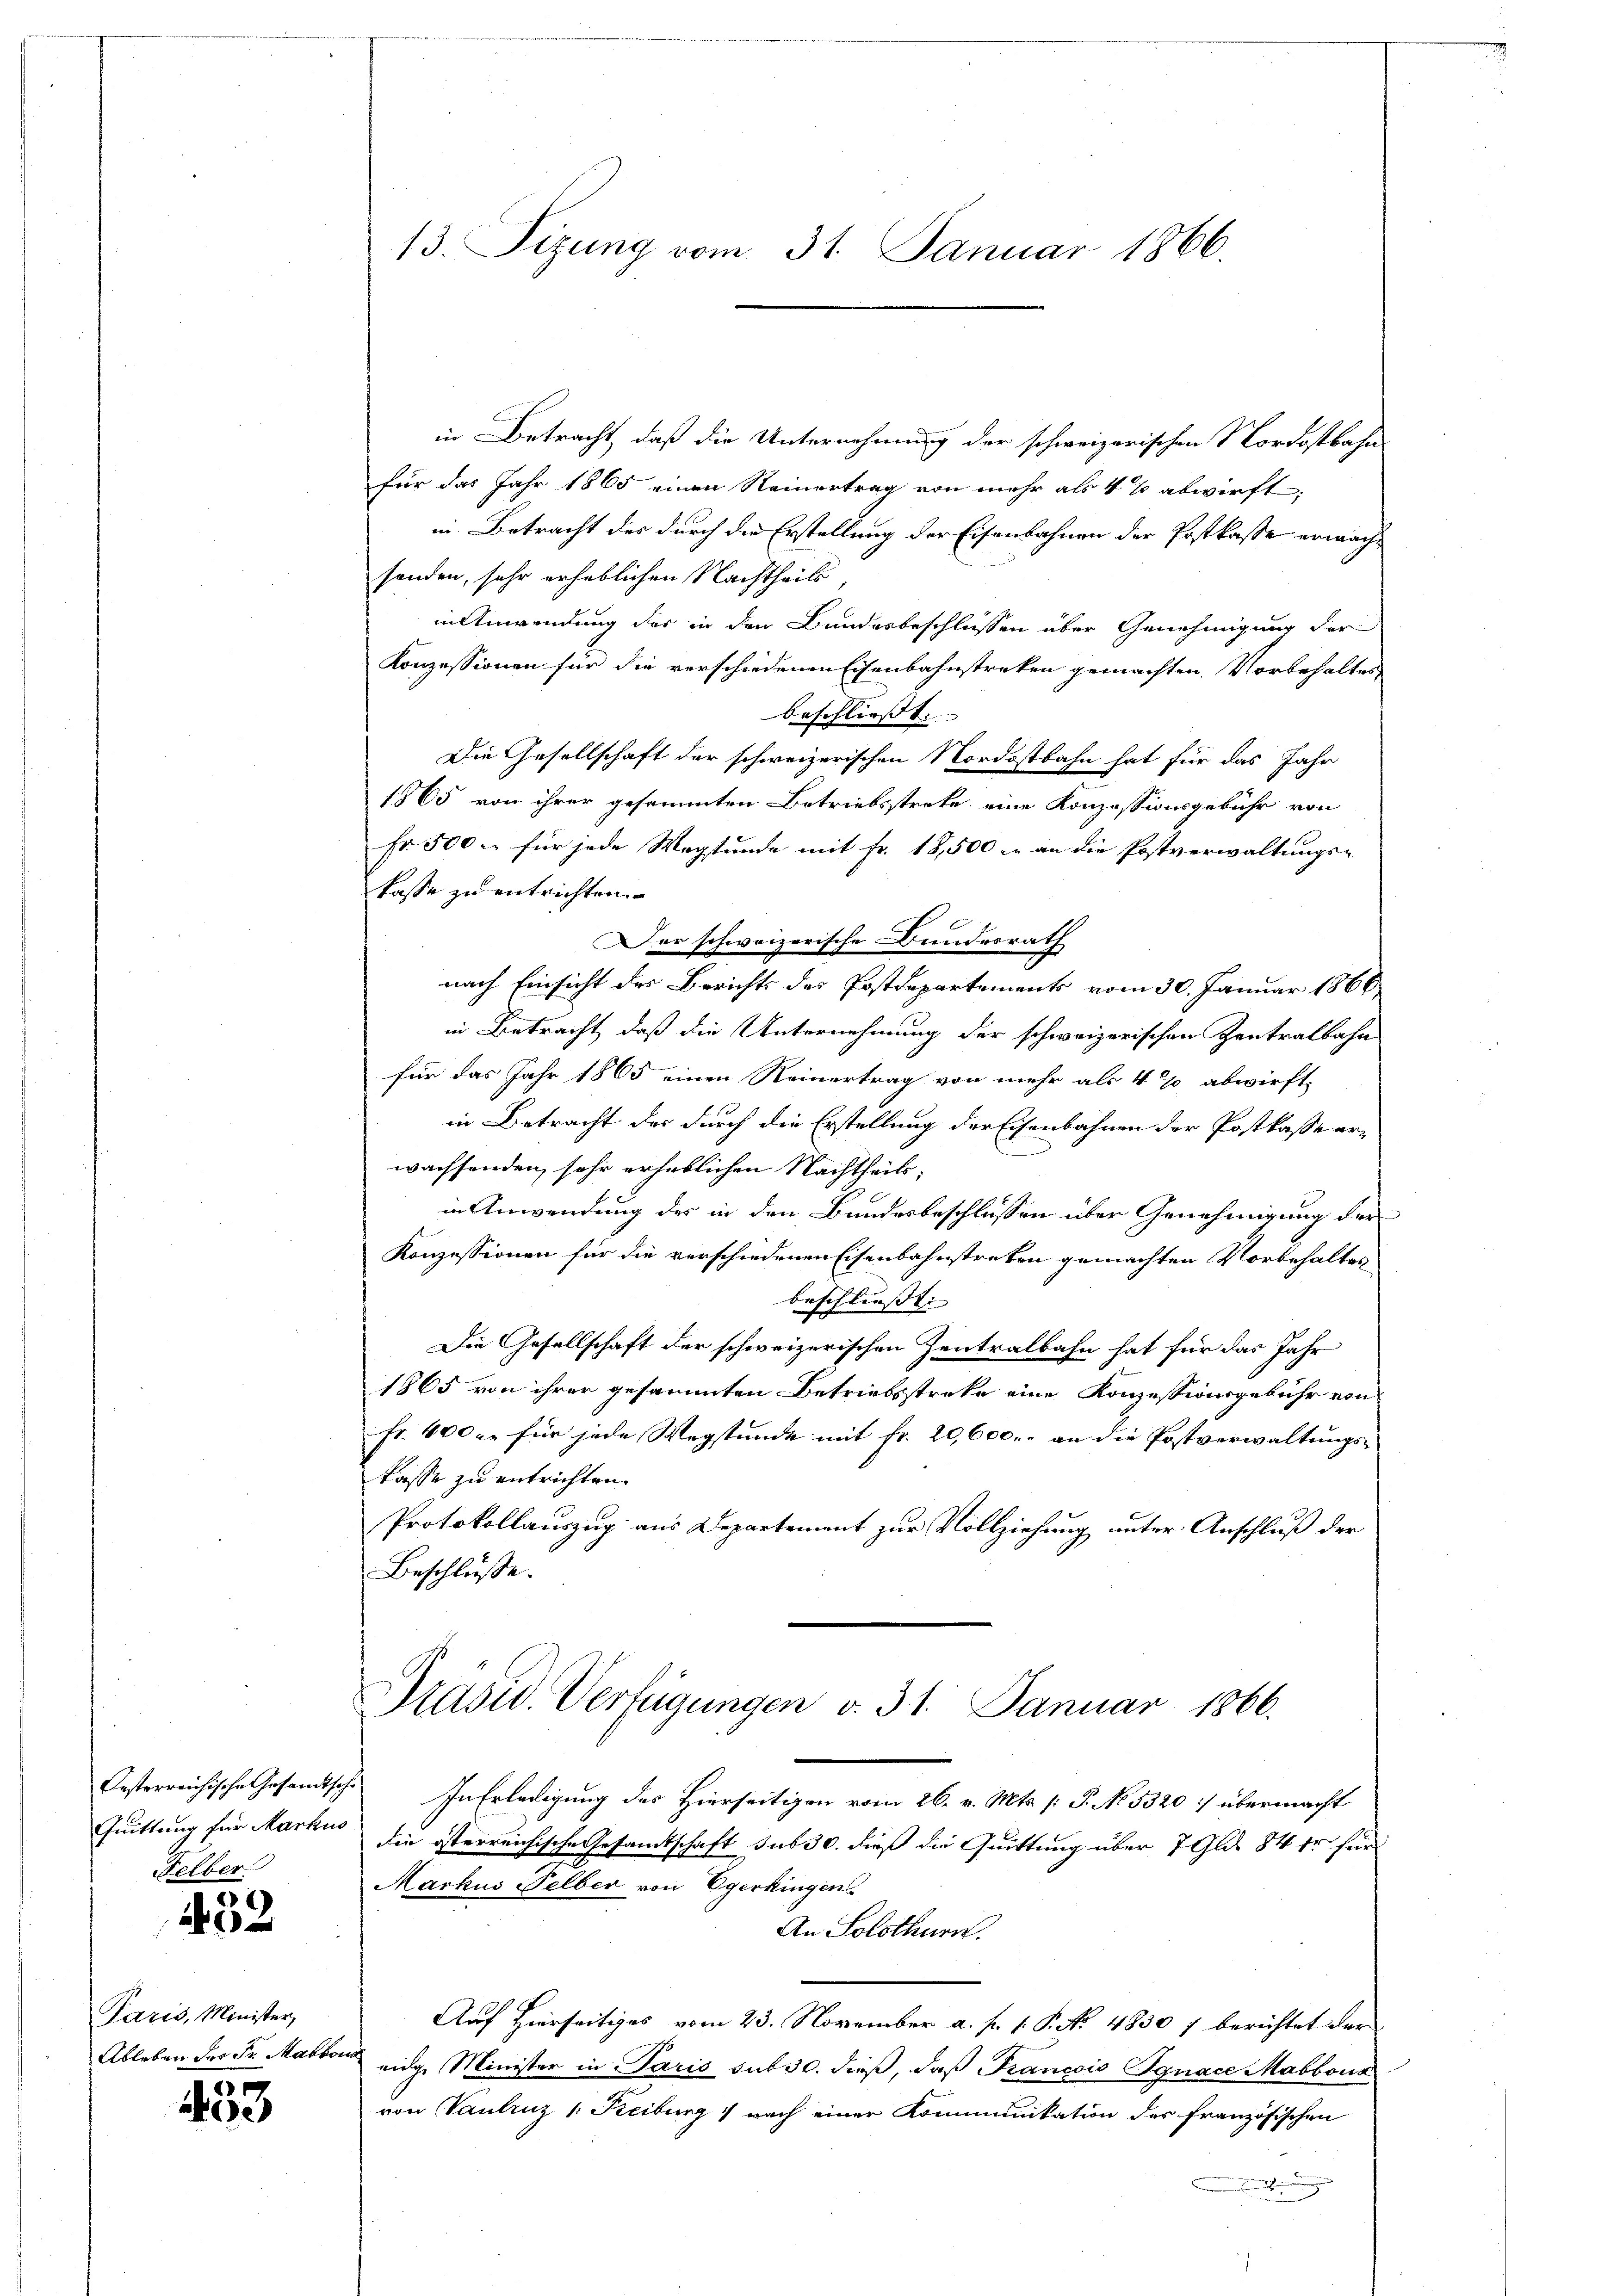
Quittung für Markus
Felber.

452

Paris, Minister,
Ableben der Fr. Marbon

433

13. Sizung vom 31. Januar 1866.

in Betracht, daß die Unternehmung der schweizerischen Nordostbahn
für das Jahr 1865 einen Reinertrag von mehr als 4 % abwirft.
in Betracht des durch die Erstellung der Eisenbahnen der Postkasse erwachsenden, sehr erheblichen Nachtheils,
in Anwendung der in den Bundesbeschlüssen über Genehmigung der
Konzessionen für die verschiedenen Eisenbahnstreken gemachten. Vorbehaltes
beschließt:
Die Gesellschaft der schweizerischen Nordostbahn hat für das Jahr
1865 von ihrer gesammten Betriebsstreke eine Konzessionsgebühr von
Fr. 500 – für jede Wegstunde mit fr. 18,500 c. an die Postverwaltungs-
kasse zu entrichten.
Der schweizerische Bundesrath
nach Einsicht des Berichts des Postdepartements vom 30. Januar 1866
in Betracht, daß die Unternehmung der schweizerischen Zentralbahn
für das Jahr 1865 einen Reinertrag von mehr als 4% abwirft,
in Betracht des durch die Erstellung der Eisenbahnen der Postkasse erwachsenden, sehr erheblichen Nachtheils,
in Anwendung der in den Bundesbeschlüssen über Genehmigung der
Konzessionen für die verschiedenen Eisenbahnstreken gemachten Vorbehaltes
beschliesst. |
Die Gesellschaft der schweizerischen Zentralbahn hat für das Jahr
1865 von ihrer gesammten Betriebsstreke eine Konzessionsgebühr von
Fr. 400 xr für jede Wegstunde mit fr. 20,600. an die Postverwaltungs-
kasse zu entrichten.
Protokollauszug aus Departement zur Vollziehung unter Anschluß der
Beschlüsse.
Präsid. Verfügungen v. 31. Januar 1866.
Oesterreichische Gesandtsch. In Erledigung des Hierseitigen vom 26. v. Mts. [: P. No. 5320 :/ übermacht
die österreichische Gesamtschaft sub 30. dieß die Quittung über 7 Gld. 84 fr für
Markus Selber von Egerkingen
An Solothurn.
Auf Hierseitiges vom 23. November a. p. 1. P. No. 4830 7 berichtet dar
eidge Minister in Paris sub 30. dieß, daß Francois Ignace Mabbona
von Vaulruz /: Keiburg nach einer Kommunikation der französischen